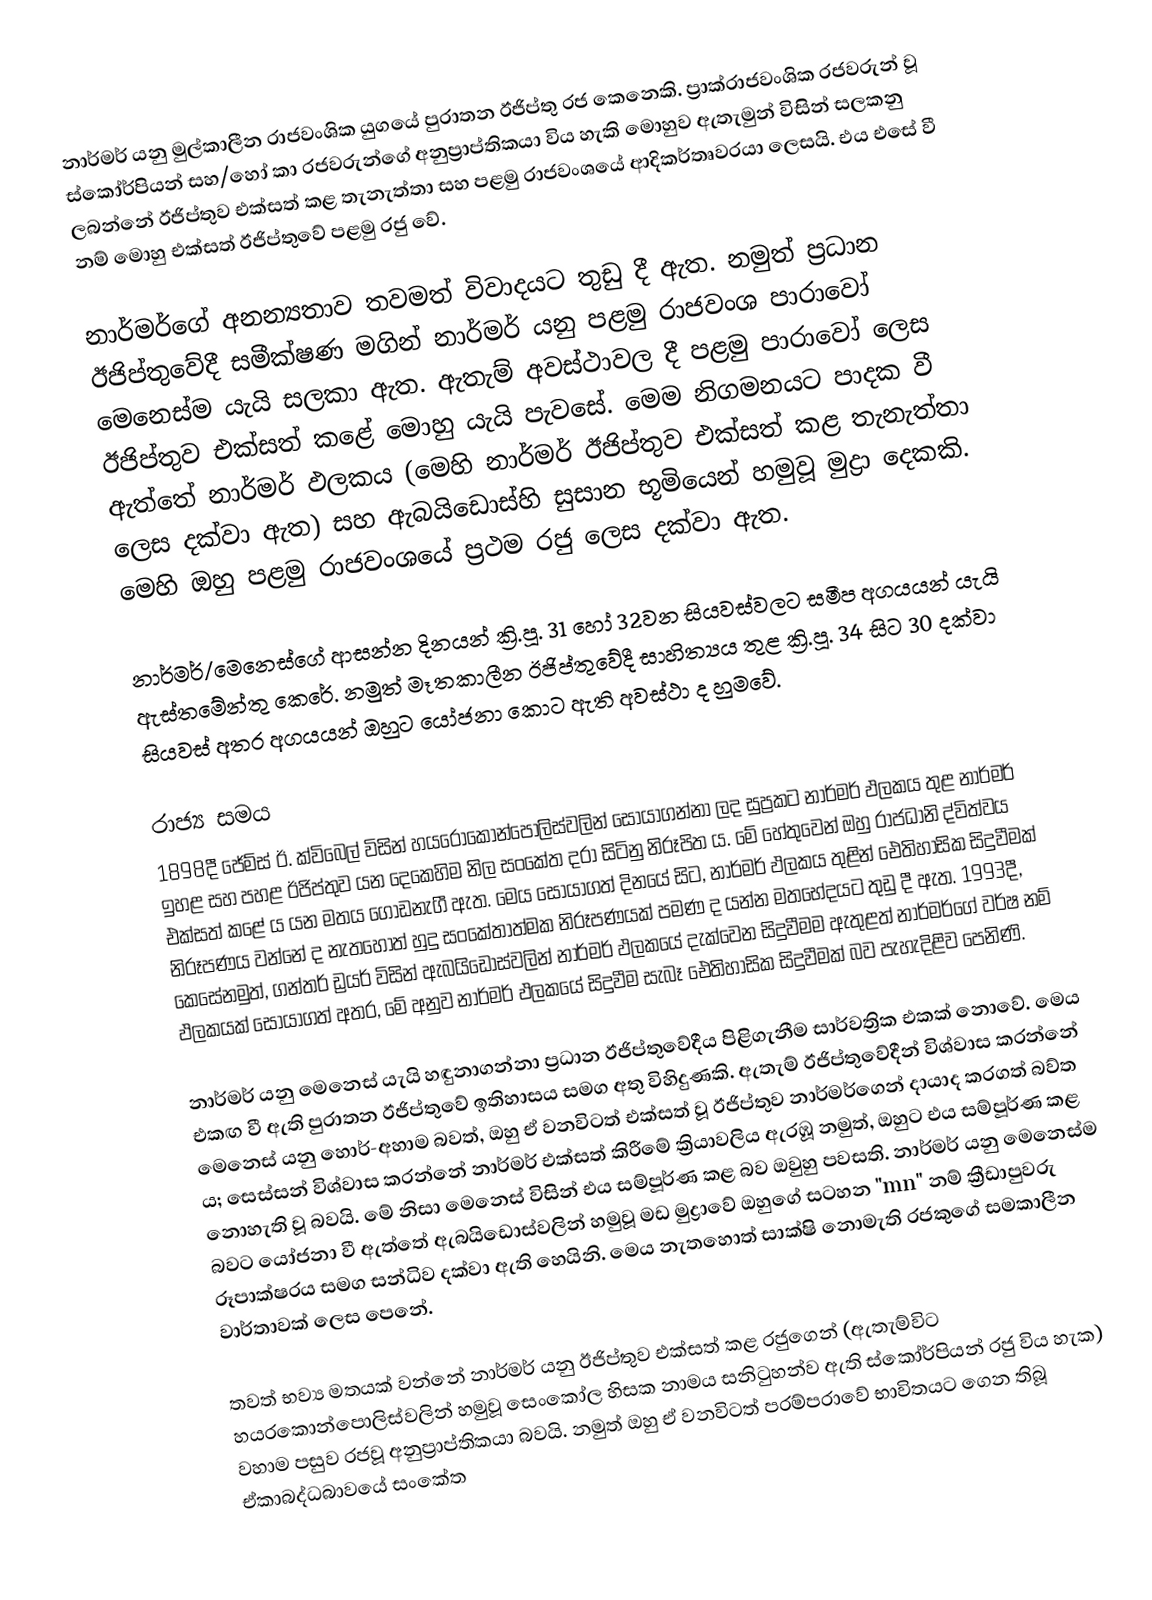
නාර්මර් යනු මුල්කාලීන රාජවංශික යුගයේ පුරාතන ඊජිප්තු රජ කෙනෙකි. ප්‍රාක්රාජවංශික රජවරුන් වූ ස්කෝර්පියන් සහ/හෝ කා රජවරුන්ගේ අනුප්‍රාප්තිකයා විය හැකි මොහුව ඇතැමුන් විසින් සලකනු ලබන්නේ ඊජිප්තුව එක්සත් කළ තැනැත්තා සහ පළමු රාජවංශයේ ආදිකර්තෘවරයා ලෙසයි. එය එසේ වී නම් මොහු එක්සත් ඊජිප්තුවේ පළමු රජු වේ.

නාර්මර්ගේ අනන්‍යතාව තවමත් විවාදයට තුඩු දී ඇත. නමුත් ප්‍රධාන ඊජිප්තුවේදී සමීක්ෂණ මගින් නාර්මර් යනු පළමු රාජවංශ පාරාවෝ මෙනෙස්ම යැයි සලකා ඇත. ඇතැම් අවස්ථාවල දී පළමු පාරාවෝ ලෙස ඊජිප්තුව එක්සත් කළේ මොහු යැයි පැවසේ. මෙම නිගමනයට පාදක වී ඇත්තේ නාර්මර් ඵලකය (මෙහි නාර්මර් ඊජිප්තුව එක්සත් කළ තැනැත්තා ලෙස දක්වා ඇත) සහ ඇබයිඩොස්හි සුසාන භූමියෙන් හමුවූ මුද්‍රා දෙකකි. මෙහි ඔහු පළමු රාජවංශයේ ප්‍රථම රජු ලෙස දක්වා ඇත.

නාර්මර්/මෙනෙස්ගේ ආසන්න දිනයන් ක්‍රි.පූ. 31 හෝ 32වන සියවස්වලට සමීප අගයයන් යැයි ඇස්තමේන්තු කෙරේ. නමුත් මෑතකාලීන ඊජිප්තුවේදී සාහිත්‍යය තුළ ක්‍රි.පූ. 34 සිට 30 දක්වා සියවස් අතර අගයයන් ඔහුට යෝජනා කොට ඇති අවස්ථා ද හුමවේ.

රාජ්‍ය සමය
1898දී ජේම්ස් ඊ. ක්විබෙල් විසින් හයරොකොන්පොලිස්වලින් සොයාගන්නා ලද සුප්‍රකට නාර්මර් ඵලකය තුළ නාර්මර් ඉහළ සහ පහළ ඊජිප්තුව යන දෙකෙහිම නිල සංකේත දරා සිටිනු නිරූපිත ය. මේ හේතුවෙන් ඔහු රාජධානි ද්විත්වය එක්සත් කළේ ය යන මතය ගොඩනැගී ඇත. මෙය සොයාගත් දිනයේ සිට, නාර්මර් ඵලකය තුළින් ඓතිහාසික සිදුවීමක් නිරූපණය වන්නේ ද නැතහොත් හුදු සංකේතාත්මක නිරූපණයක් පමණ ද යන්න මතභේදයට තුඩු දී ඇත. 1993දී, කෙසේනමුත්, ගන්තර් ඩ්‍රයර් විසින් ඇබයිඩොස්වලින් නාර්මර් ඵලකයේ දැක්වෙන සිදුවීමම ඇතුළත් නාර්මර්ගේ වර්ෂ නම් ඵලකයක් සොයාගත් අතර, මේ අනුව නාර්මර් ඵලකයේ සිදුවීම සැබෑ ඓතිහාසික සිදුවීමක් බව පැහැදිළිව පෙනිණි.

නාර්මර් යනු මෙනෙස් යැයි හඳුනාගන්නා ප්‍රධාන ඊජිප්තුවේදීය පිළිගැනීම සාර්වත්‍රික එකක් නොවේ. මෙය එකඟ වී ඇති පුරාතන ඊජිප්තුවේ ඉතිහාසය සමග අතු විහිදුණකි. ඇතැම් ඊජිප්තුවේදීන් විශ්වාස කරන්නේ මෙනෙස් යනු හොර්-අහාම බවත්, ඔහු ඒ වනවිටත් එක්සත් වූ ඊජිප්තුව නාර්මර්ගෙන් දායාද කරගත් බව්ත ය; සෙස්සන් විශ්වාස කරන්නේ නාර්මර් එක්සත් කිරීමේ ක්‍රියාවලිය ඇරඹූ නමුත්, ඔහුට එය සම්පූර්ණ කළ නොහැති වූ බවයි. මේ නිසා මෙනෙස් විසින් එය සම්පූර්ණ කළ බව ඔවුහු පවසති. නාර්මර් යනු මෙනෙස්ම බවට යෝජනා වී ඇත්තේ ඇබයිඩොස්වලින් හමුවූ මඩ මුද්‍රාවේ ඔහුගේ සටහන "mn" නම් ක්‍රීඩාපුවරු රූපාක්ෂරය සමග සන්ධිව දක්වා ඇති හෙයිනි. මෙය නැතහොත් සාක්ෂි නොමැති රජකුගේ සමකාලීන වාර්තාවක් ලෙස පෙනේ.

තවත් භව්‍ය මතයක් වන්නේ නාර්මර් යනු ඊජිප්තුව එක්සත් කළ රජුගෙන් (ඇතැම්විට හයරකොන්පොලිස්වලින් හමුවූ සෙං‍කෝල හිසක නාමය සනිටුහන්ව ඇති ස්කෝර්පියන් රජු විය හැක) වහාම පසුව රජවූ අනුප්‍රාප්තිකයා බවයි. නමුත් ඔහු ඒ වනවිටත් පරම්පරාවේ භාවිතයට ගෙන තිබූ ඒකාබද්ධබාවයේ සංකේත